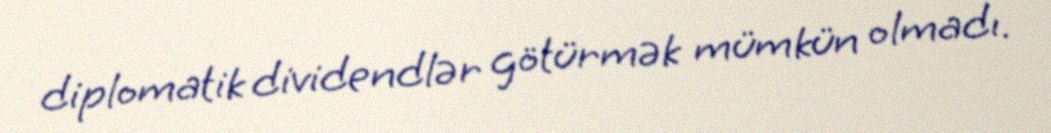
diplomatik dividendlər götürmək mümkün olmadı.